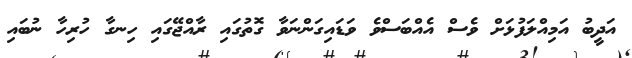
އަދީބު އަމިއްލަފުޅަށް ވެސް އެއްބަސްވެ ވަޑައިގަންނަވާ ގޮތުގައި ރާއްޖޭގައި ހިނގާ ހުރިހާ ނުބައި